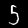
Digit: 5